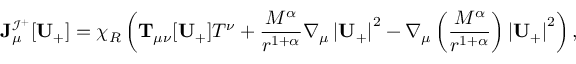
{ \bf J } _ { \mu } ^ { \mathcal { I ^ { + } } } [ \mathbf { U } _ { + } ] = \chi _ { R } \left( \mathbf { T } _ { \mu \nu } [ \mathbf { U } _ { + } ] T ^ { \nu } + \frac { M ^ { \alpha } } { r ^ { 1 + \alpha } } \nabla _ { \mu } \left| \mathbf { U } _ { + } \right| ^ { 2 } - \nabla _ { \mu } \left( \frac { M ^ { \alpha } } { r ^ { 1 + \alpha } } \right) \left| \mathbf { U } _ { + } \right| ^ { 2 } \right) ,